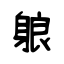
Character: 躴